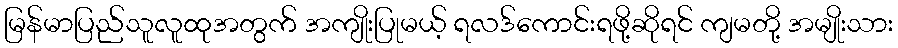
မြန်မာပြည်သူလူထုအတွက် အကျိုးပြုမယ့် ရလဒ်ကောင်းရဖို့ဆိုရင် ကျမတို့ အမျိုးသား